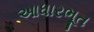
આધારભૂત